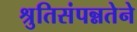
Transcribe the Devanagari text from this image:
श्रुतिसंपन्नतेने